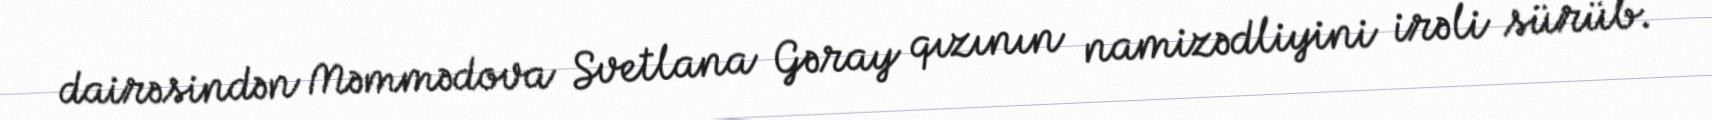
dairəsindən Məmmədova Svetlana Gəray qızının namizədliyini irəli sürüb.